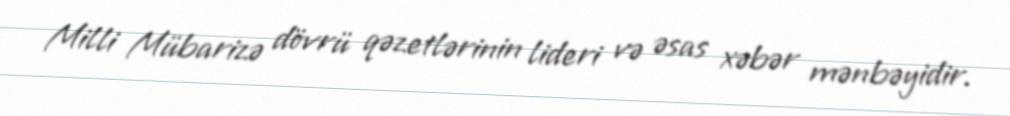
Milli Mübarizə dövrü qəzetlərinin lideri və əsas xəbər mənbəyidir.